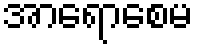
အာရောစေမ